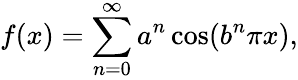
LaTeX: f(x)=\sum_{n=0}^{\infty}a^{n}\cos(b^{n}\pi x),